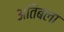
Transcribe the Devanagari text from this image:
अतिबला